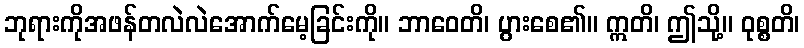
ဘုရားကိုအဖန်တလဲလဲအောက်မေ့ခြင်းကို။ ဘာဝေတိ၊ ပွားစေ၏။ ဣတိ၊ ဤသို့။ ဝုစ္စတိ၊